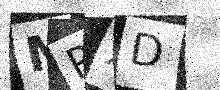
Text: MPXD